Medical and sanitary report of the native army of Madras for the year
Year: 1876
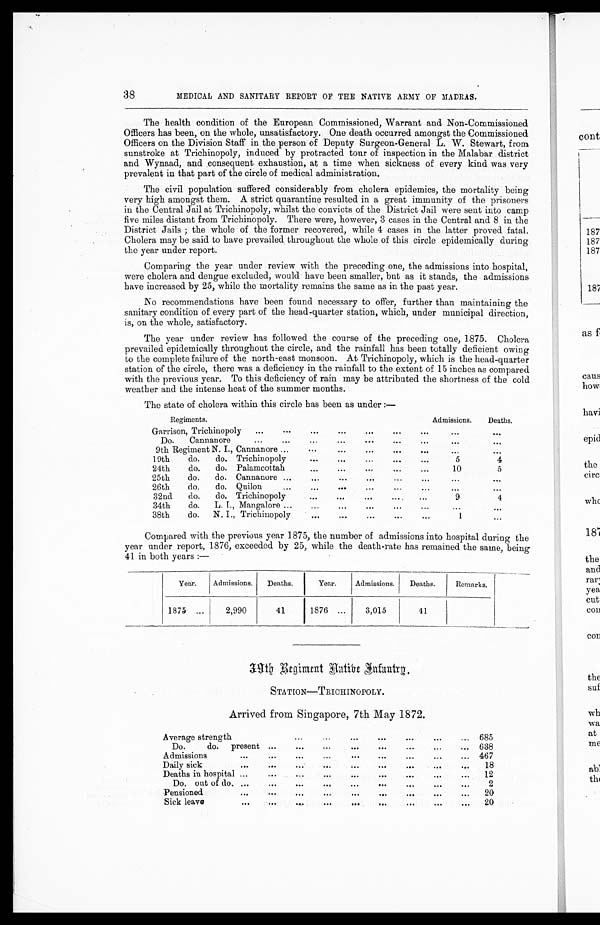
38
MEDICAL AND SANITARY REPORT OF THE NATIVE ARMY OF MADRAS.
The health condition of the European Commissioned, Warrant and Non-Commissioned
Officers has been on the whole, unsatisfactory. One death occurred amongst the Commissioned
Officers on the Division Staff in the person of Deputy Surgeon-General L. W. Stewart, from
sunstroke at Trichinopoly, induced by protracted tour of inspection in the Malabar district
and Wynaad, and consequent exhaustion, at a time when sickness of every kind was very
prevalent in that part of the circle of medical administration.
The civil population suffered considerably from cholera epidemics, the mortality being
very high amongst them. A strict quarantine resulted in a great immunity of the prisoners
in the Central Jail at Trichinopoly, whilst the convicts of the District Jail were sent into camp
five miles distant from Trichinopoly. There were, however, 3 cases in the Central and 8 in the
District Jails ; the whole of the former recovered, while 4 cases in the latter proved fatal.
Cholera may be said to have prevailed throughout the whole of this circle epidemically during
the year under report.
Comparing the year under review with the preceding one, the admissions into hospital,
were cholera and dengue excluded, would have been smaller, but as it stands, the admissions
have increased by 25, while the mortality remains the same as in the past year.
No recommendations have been found necessary to offer, further than maintaining the
sanitary condition of every part of the head-quarter station, which, under municipal direction,
is, on the whole, satisfactory.
The year under review has followed the course of the preceding one, 1875. Cholera
prevailed epidemically throughout the circle, and the rainfall has been totally deficient owing
to the complete failure of the north-east monsoon. At Trichinopoly, which is the head-quarter
station of the circle, there was a deficiency in the rainfall to the extent of 15 inches as compared
with the previous year. To this deficiency of rain may be attributed the shortness of the cold
weather and the intense heat of the summer months.
The state of cholera within this circle has been as under
:—
Regiments.
Admissions.
Deaths.
Garrison, Trichinopoly ...
. . .
. . .
...
. . .
...
...
. . .
. . .
Do. Cannanore
...
...
. . .
...
. . .
...
...
. . .
. . .
9 t h
Regiment N. I., Cannanore ... ...
...
. . .
...
...
. . .
. . .
19th
do. do. Trichinopoly
. . .
...
. . .
...
...
5
4
24th
do. do. Palamcottah
. . .
...
. . .
...
...
10
5
25th
do. do. Cannanore ...
. . .
...
. . .
...
...
. . .
. . .
26th
do. do. Quilon
...
. . .
...
. . .
...
...
...
. . .
32nd do. do. Trichinopoly
. . .
...
. . .
...
...
9
4
34th
do. L. I., Mangalore ...
. . .
...
. . .
...
...
. . .
. . .
38th
do. N. I., Trichinopoly
. . .
. . .
. . .
. . .
...
1
. . .
Compared with the previous year 1875, the number of admissions into hospital during the
year under report, 1876, exceeded by 25, while the death-rate has remained the same, being
41 in both years :—
Year. Admissions. Deaths.
Year.
Admissions. Deaths.
Remarks.
1875 ...
2,990
41
1876 ...
3,015
41
3 9 t h R e g m e n t N a t i v e I n f a n t r y .
STATION—TRICHINOPOLY.
Arrived from Singapore, 7th May 1872.
Average strength
...
...
...
...
...
...
... 685
Do.
do. present . . .
. . .
. . .
. . .
. . .
. . .
. . .
... 638
Admissions
. . . ...
...
. . .
. . .
... ...
. . .
... 467
Daily sick
. . .
. . . ...
. . .
...
. . .
...
. . .
...
18
Deaths in hospital . . .
. . . ... ...
...
. . .
...
. . .
...
12
Do. out of do. ...
. . .
. . .
...
. . .
. . .
. . .
. . .
...
2
Pensioned
. . . . . . ...
. . .
. . .
. . .
...
. . .
...
20
Sick leave
. . . . . . ...
. . .
. . .
. . .
...
. . .
...
20